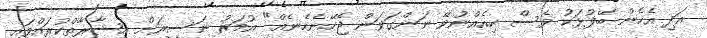
އަދި އެހެން ބޭފުޅަކު ވެސް ހިއެއްނުވޭ ނަންގަވަން ޖެހޭނެހެނެއް" އުމަރު ނަސީރަށް އިޝާރާތްކުރައްވައި